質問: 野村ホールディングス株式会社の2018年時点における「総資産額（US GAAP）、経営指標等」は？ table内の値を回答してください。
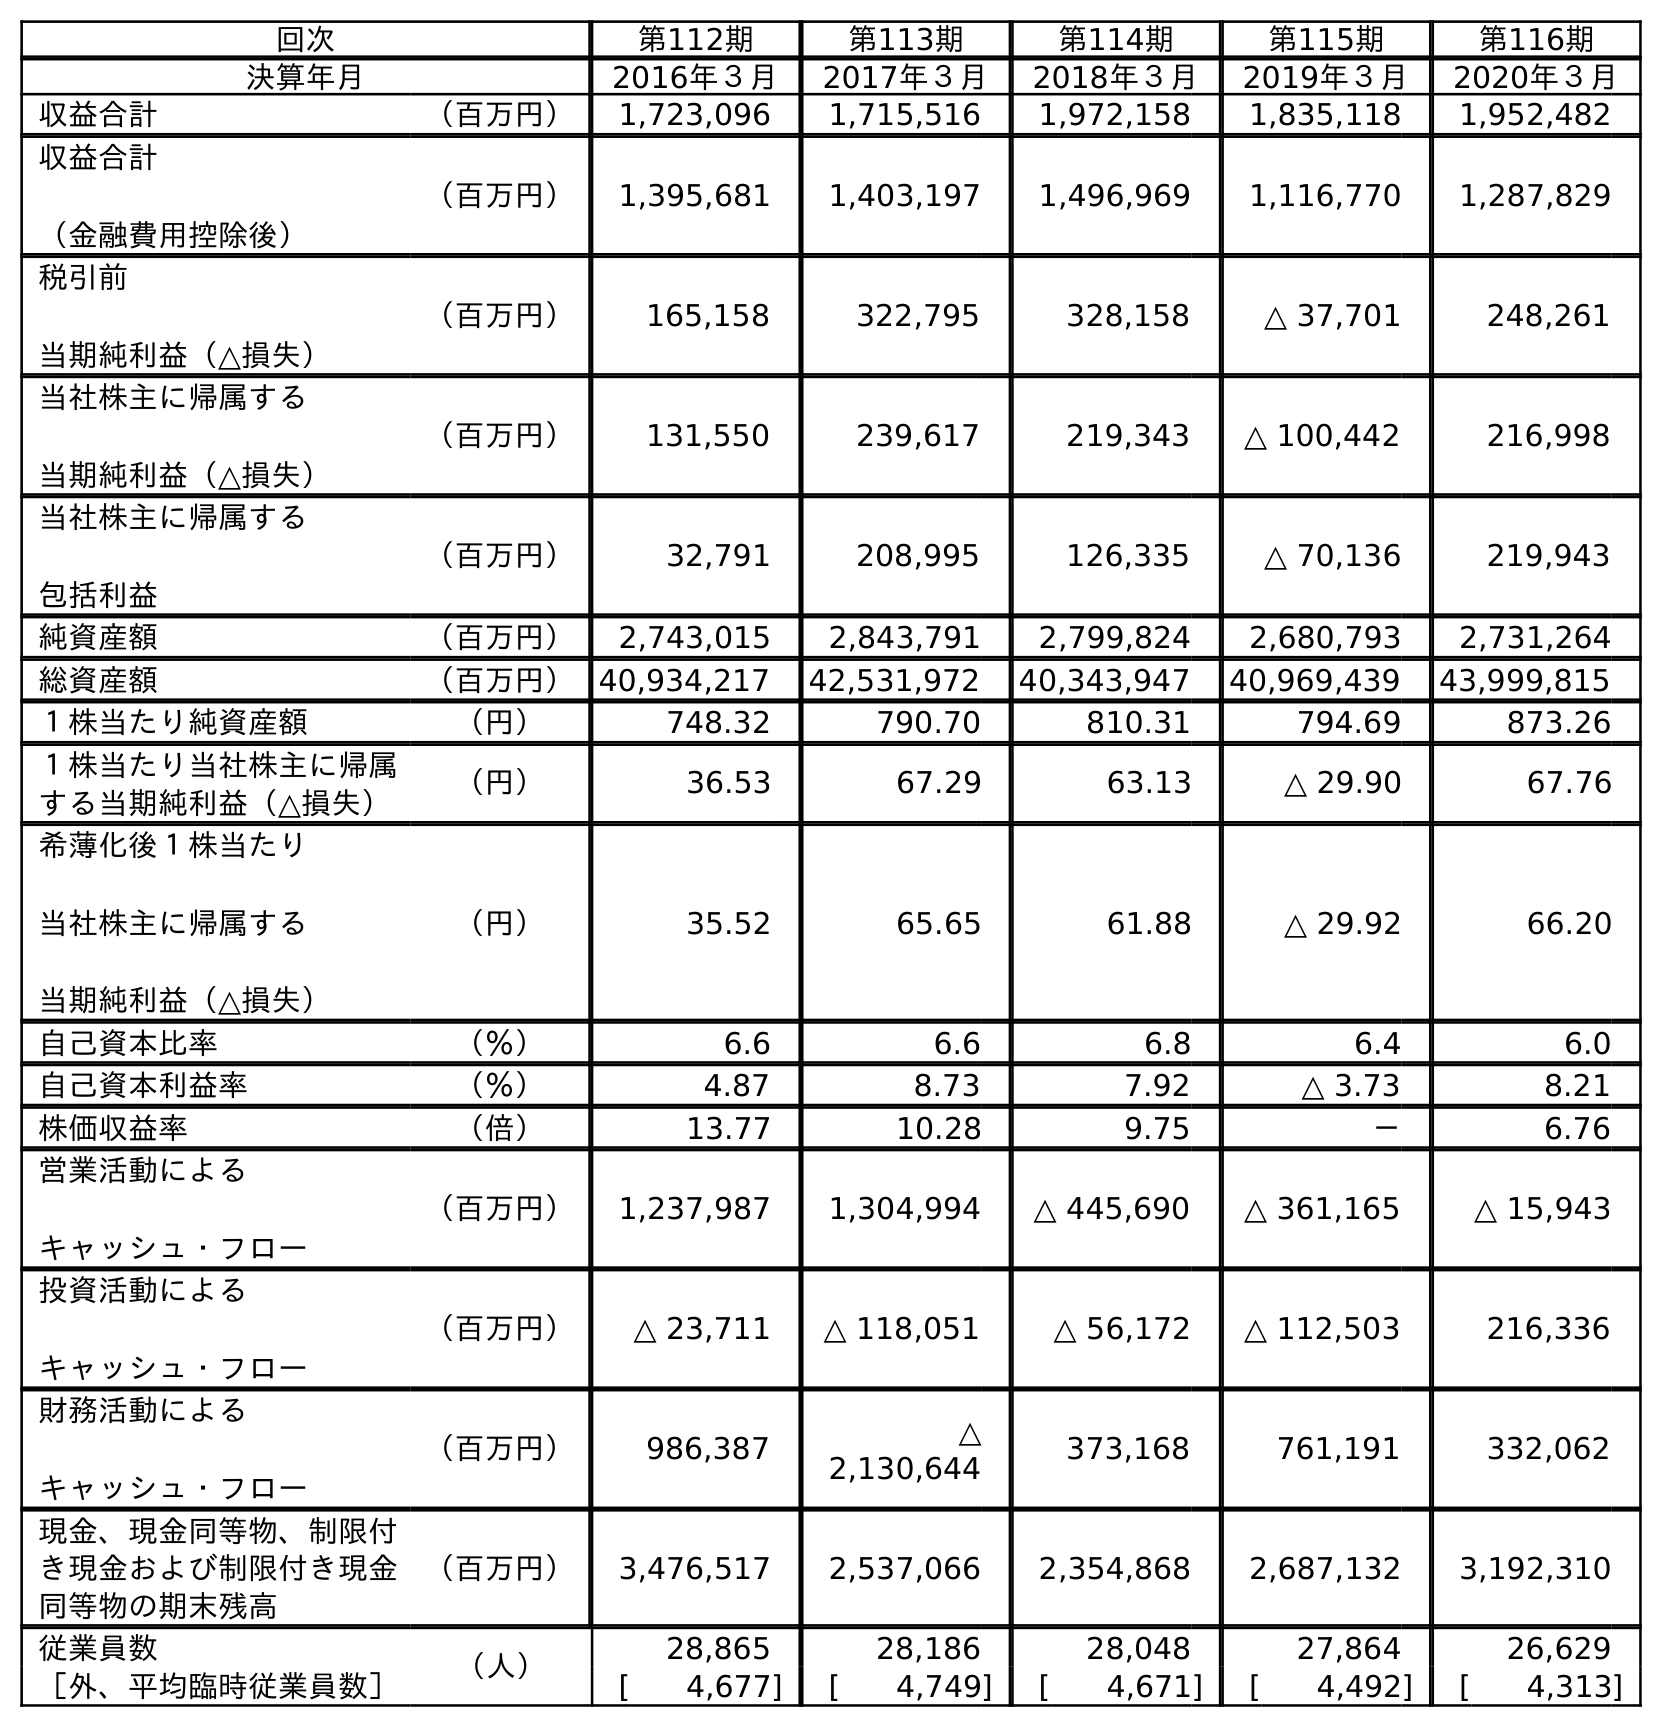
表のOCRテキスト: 回次 第112期 第113期 第114期 第115期 第116期 決算年月 2016年３月 2017年３月 2018年３月 2019年３月 2020年３月 収益合計 （百万円） 1,723,096 1,715,516 1,972,158 1,835,118 1,952,482 収益合計 （金融費用控除後） （百万円） 1,395,681 1,403,197 1,496,969 1,116,770 1,287,829 税引前 当期純利益（△損失） （百万円） 165,158 322,795 328,158 △ 37,701 248,261 当社株主に帰属する 当期純利益（△損失） （百万円） 131,550 239,617 219,343 △ 100,442 216,998 当社株主に帰属する 包括利益 （百万円） 32,791 208,995 126,335 △ 70,136 219,943 純資産額 （百万円） 2,743,015 2,843,791 2,799,824 2,680,793 2,731,264 総資産額 （百万円）40,934,217 42,531,972 40,343,947 40,969,439 43,999,815 １株当たり純資産額 （円） 748.32 790.70 810.31 794.69 873.26 １株当たり当社株主に帰属 する当期純利益（△損失） （円） 36.53 67.29 63.13 △ 29.90 67.76 希薄化後１株当たり 当社株主に帰属する 当期純利益（△損失） （円） 35.52 65.65 61.88 △ 29.92 66.20 自己資本比率 （％） 6.6 6.6 6.8 6.4 6.0 自己資本利益率 （％） 4.87 8.73 7.92 △ 3.73 8.21 株価収益率 （倍） 13.77 10.28 9.75 － 6.76 営業活動による キャッシュ・フロー （百万円） 1,237,987 1,304,994 △ 445,690 △ 361,165 △ 15,943 投資活動による キャッシュ・フロー （百万円） △ 23,711 △ 118,051 △ 56,172 △ 112,503 216,336 財務活動による キャッシュ・フロー （百万円） 986,387 △ 2,130,644 373,168 761,191 332,062 現金、現金同等物、制限付 き現金および制限付き現金 同等物の期末残高 （百万円） 3,476,517 2,537,066 2,354,868 2,687,132 3,192,310 従業員数 （人） 28,865 28,186 28,048 27,864 26,629 ［外、平均臨時従業員数］ [ 4,677] [ 4,749] [ 4,671] [ 4,492] [ 4,313]
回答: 40,343,947